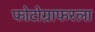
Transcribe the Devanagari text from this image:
फोटोग्राफरला